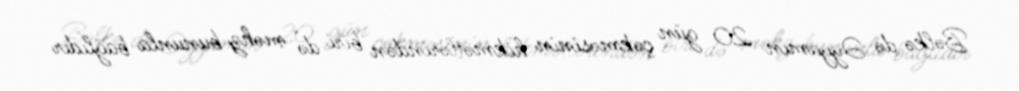
Bəlkə də Əyyamın 20 gün çəkməsinin hikmətlərindən biri də məhz bununla bağlıdır